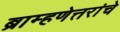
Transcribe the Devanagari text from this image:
ब्राम्हणेत्तरांचे